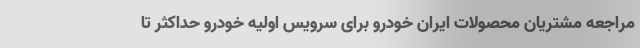
مراجعه مشتریان محصولات ایران خودرو برای سرویس اولیه خودرو حداکثر تا